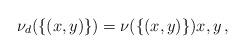
LaTeX: \begin{align*} \nu_d(\{(x,y)\})=\nu(\{(x,y)\})x,y\,,\end{align*}